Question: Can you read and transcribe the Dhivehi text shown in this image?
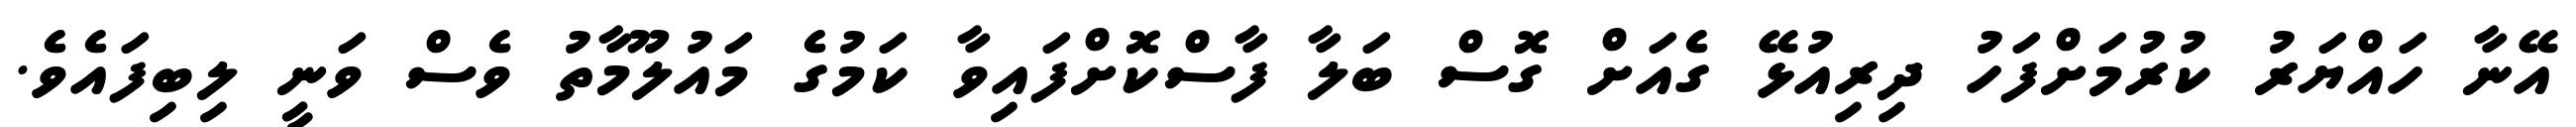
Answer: އޭނާ ހައްޔަރު ކުރުމަށްފަހު ދިރިއުޅޭ ގެއަށް ގޮސް ބަލާ ފާސްކޮށްފައިވާ ކަމުގެ މައުލޫމާތު ވެސް ވަނީ ލިބިފައެވެ.